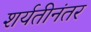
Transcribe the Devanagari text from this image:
शर्यतीनंतर